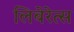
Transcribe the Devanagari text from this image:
लिबेरेत्स